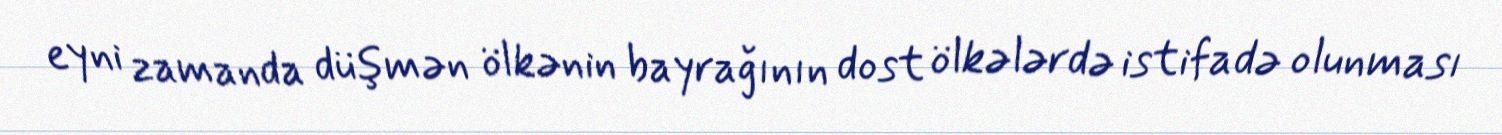
eyni zamanda düşmən ölkənin bayrağının dost ölkələrdə istifadə olunması